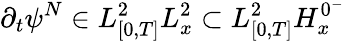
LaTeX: \partial_{t}\psi^{N}\in L_{[0,T]}^{2}L_{x}^{2}\subset L_{[0,T]}^{2}H_{x}^{0^{-}}